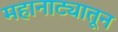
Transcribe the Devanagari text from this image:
महानाट्यातून